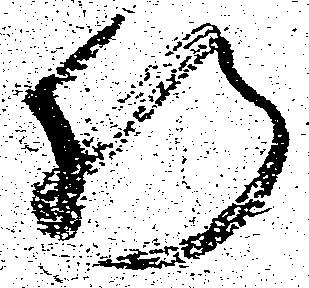
肝